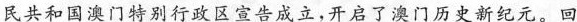
民共和国澳门特别行政区宣告成立，开启了澳门历史新纪元。回